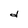
Character: d